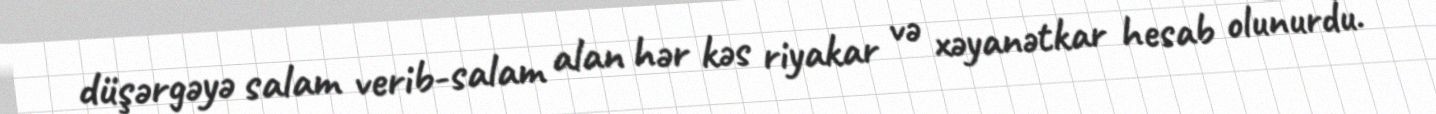
düşərgəyə salam verib-salam alan hər kəs riyakar və xəyanətkar hesab olunurdu.